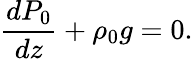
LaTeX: \frac{dP_{0}}{dz}+\rho_{0}g=0.